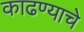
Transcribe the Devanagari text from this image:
काढण्‍याचे